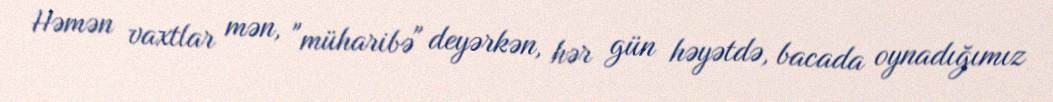
Həmən vaxtlar mən, "müharibə" deyərkən, hər gün həyətdə, bacada oynadığımız